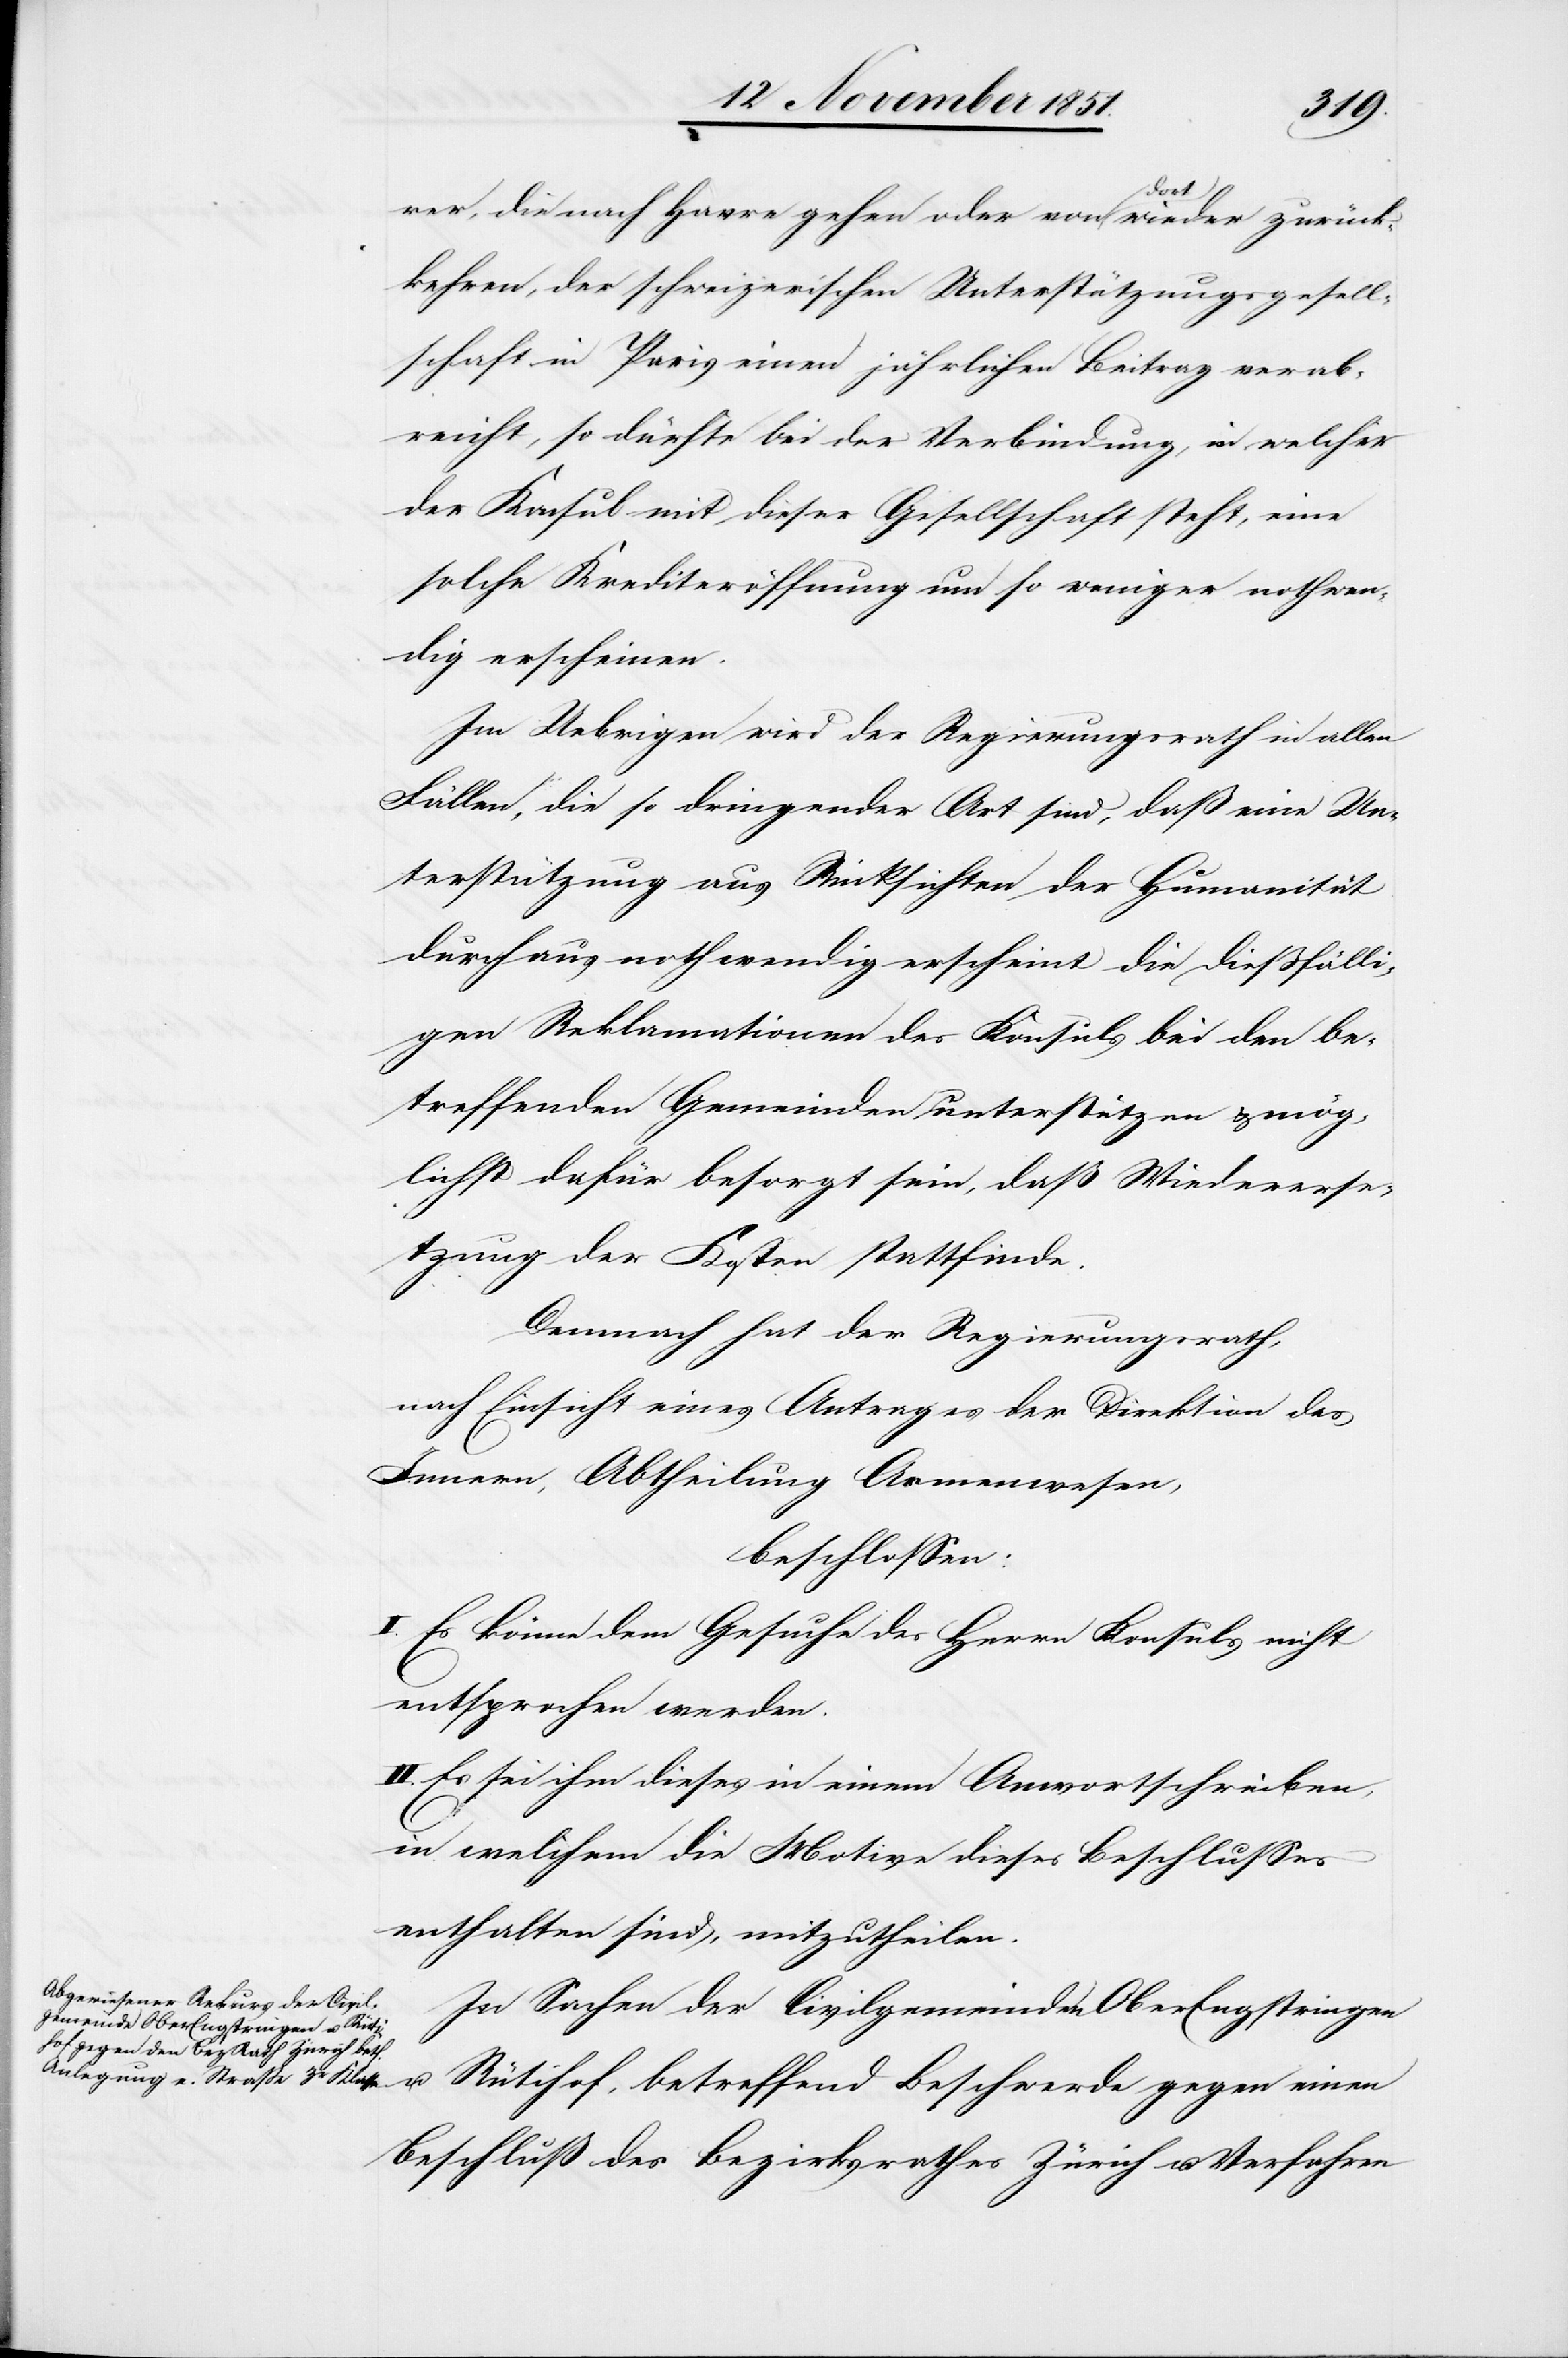
rer, die nach Havre gehen oder von dort wieder zurück¬
kehren, der schweizerischen Unterstützungsgesell¬
schaft in Paris einen jährlichen Beitrag verab¬
reicht, so dürfte bei der Verbindung, in welcher
der Konsul mit dieser Gesellschaft steht, eine
solche Krediteröffnung um so weniger nothwen¬
dig erscheinen.
Im Uebrigen wird der Regierungsrath in allen
Fällen, die so dringender Art sind, daß eine Un¬
terstützung aus Rücksichten der Humanität
durchaus nothwendig erscheint die dießfälli¬
gen Reklamationen des Konsuls bei den be¬
treffenden Gemeinden unterstützen & mög¬
lichst dafür besorgt sein, daß Wiedererse¬
tzung der Kosten stattfinde.
Demnach hat der Regierungsrath,
nach Einsicht eines Antrages der Direktion des
Innern, Abtheilung Armenwesen,
beschlossen:
I. Es könne dem Gesuche des Herrn Konsuls nicht
entsprochen werden.
II. Es sei ihm dieses in einem An[t]wortschreiben,
in welchem die Motive dieses Beschlusses
enthalten sind, mitzutheilen.
In Sachen der Civilgemeinden OberEngstringen
u. Rütihof, betreffend Beschwerde gegen einen
Beschluß des Bezirksrathes Zürich u. Verfahren